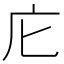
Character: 庀